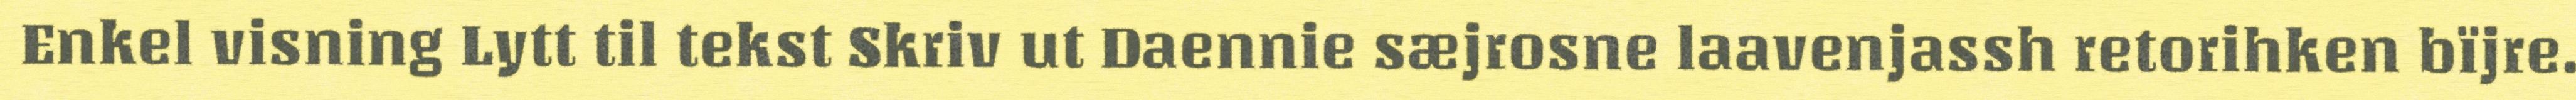
Enkel visning Lytt til tekst Skriv ut Daennie sæjrosne laavenjassh retorihken bïjre.